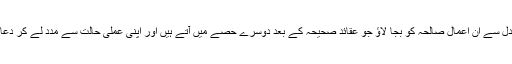
پس خداتعالیٰ کے اس فضل اور نعمت کا شکر کرو اور وہ شکر یہی ہے کہ سچے دل سے ان اعمال صالحہ کو بجا لاؤ جو عقائد صحیحہ کے بعد دوسرے حصے میں آتے ہیں اور اپنی عملی حالت سے مدد لے کر دعا مانگو وہ ان عقائد صحیحہ پر ثابت قدم رکھے اور اعمال صالحہ کی توفیق بخشے۔